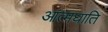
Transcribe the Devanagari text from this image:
आत्मघाति